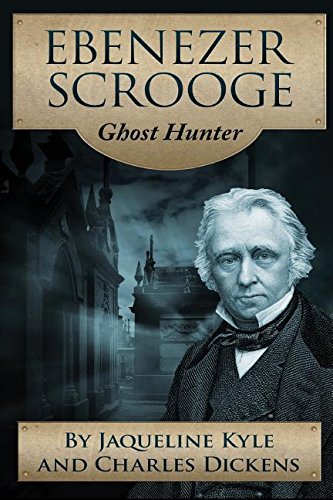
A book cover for Ebenezer Scrooge: Ghost Hunter; Jaqueline Kyle; Literature & Fiction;